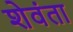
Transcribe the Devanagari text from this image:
शेवंता